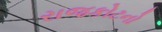
રાજકોટનો